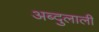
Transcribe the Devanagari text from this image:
अब्दुलाली